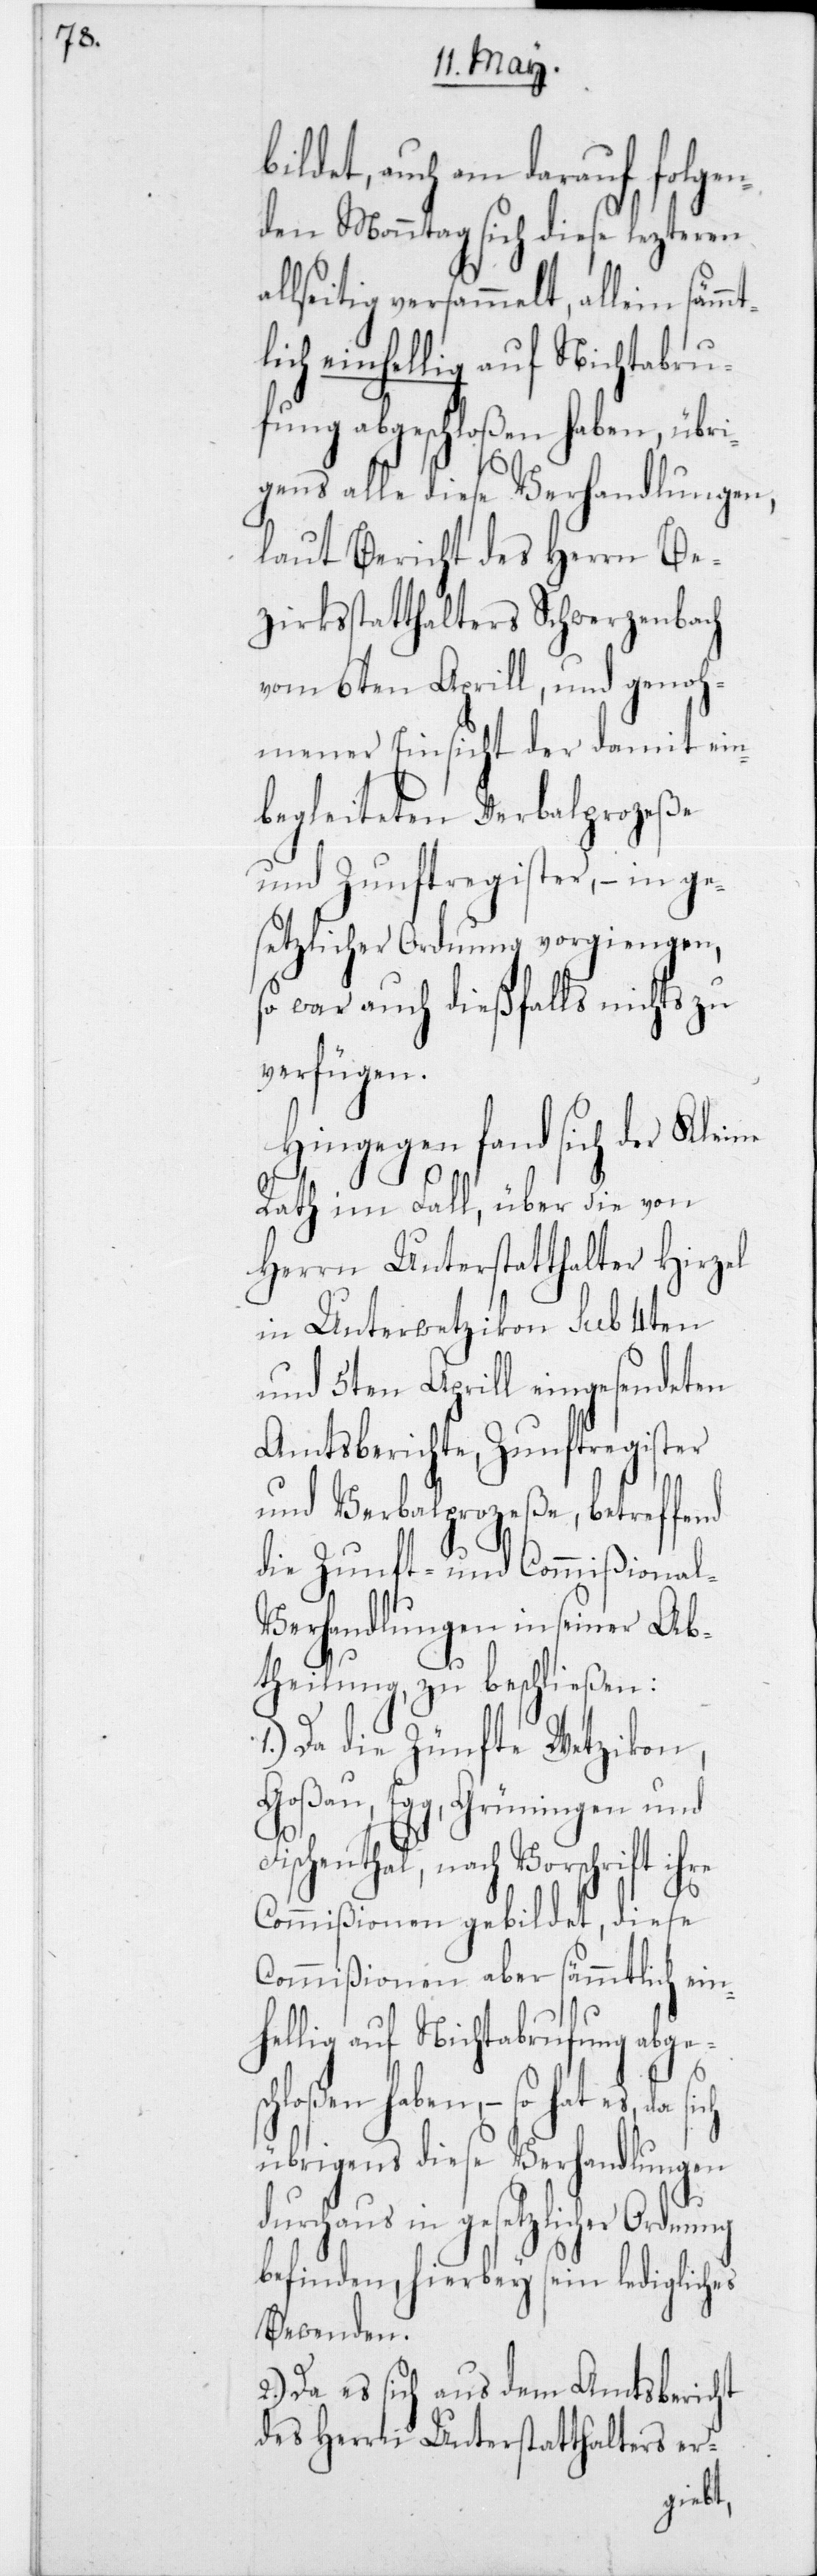
a¬

bildet, auch am darauf folge¬
nden Monntag sich diese lezteren
llseitig versammelt, allein
lich einhellig auf Nichtabru¬
fung abgeschloßen haben, übri¬
gens alle diese Verhandlungen,
laut Bericht des Herrn Be¬
zirksstatthalters Schwerzenbach
vom 6ten Aprill, und geno¬
hmener Einsicht der damit ein¬
begleiteten Verbalprozeße
und Zunftregister, – in ge¬
setzlicher Ordnung vorgingen,
so war auch dießfalls nichts zu
verfügen.
Hingegen fand sich der Kleine
Rath im Fall, über die von
Herrn Unterstatthalter Hirzel
in Unterwetzikon sub 4ten
und 5ten Aprill eingesendeten
Amtsberichte, Zunftregister
und Verbalprozeße, betreffend
die Zunft- und Commißional-V¬
erhandlungen in seiner Ab¬
theilung zu beschließen:
1.) Da die Zünfte Wetzikon,
Goßau, Egg, Grüningen und
enthal, nach Vorschrift
Commißionen geblidet, diese
Commißionen aber sämmtlich ein¬
hellig auf Nichtabrufung abge¬
schloßen haben, – so hat es,
übrigens diese Verhandlungen
durchaus in gesetzlicher Ordnung
befinden, hierbey sein ledigliches
Bewenden.
Da es sich aus dem Amtsbericht
des Herrn Unterstatthalters er-
Fisch¬